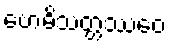
ဗောဓိသတ္တဿေဝ